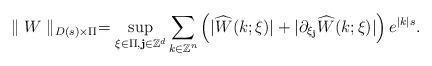
LaTeX: \begin{align*}\parallel W\parallel_{D(s)\times\Pi}=\sup_{\xi\in\Pi,\textbf{j}\in\mathbb{Z}^d}{\sum_{k\in\mathbb{Z}^n}\left(|\widehat{W}(k;\xi)|+|\partial_{\xi_{\textbf{j}}}\widehat{W}(k;\xi)|\right)e^{|k|s}}.\end{align*}